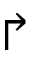
\Rsh